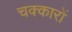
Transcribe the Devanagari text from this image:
चक्कारों